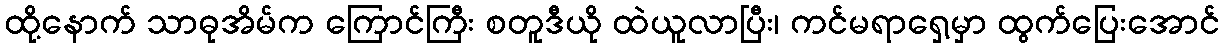
ထို့နောက် သာဓုအိမ်က ကြောင်ကြီး စတူဒီယို ထဲယူလာပြီး၊ ကင်မရာရှေ့မှာ ထွက်ပြေးအောင်